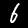
Digit: 6